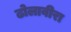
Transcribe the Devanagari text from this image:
ढोलावीरा